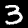
Label: 3